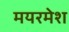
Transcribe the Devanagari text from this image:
मयरमेश